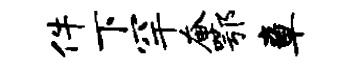
件下罕奄鄂章